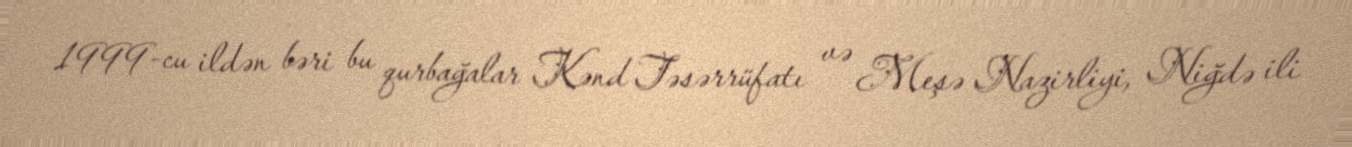
1999-cu ildən bəri bu qurbağalar Kənd Təsərrüfatı və Meşə Nazirliyi, Niğdə ili